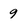
Character: 9